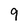
Character: 9